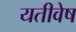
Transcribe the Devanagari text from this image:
यतीवेष